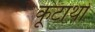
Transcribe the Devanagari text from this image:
कूटार्थों